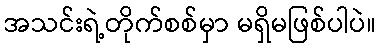
အသင်းရဲ့တိုက်စစ်မှာ မရှိမဖြစ်ပါပဲ။